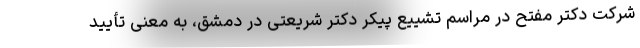
شرکت دکتر مفتح در مراسم تشییع پیکر دکتر شریعتی در دمشق، به معنی تأیید